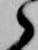
郎